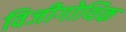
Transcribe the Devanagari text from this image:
विजीगोथिक